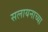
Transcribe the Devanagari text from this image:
सलायनाच्या